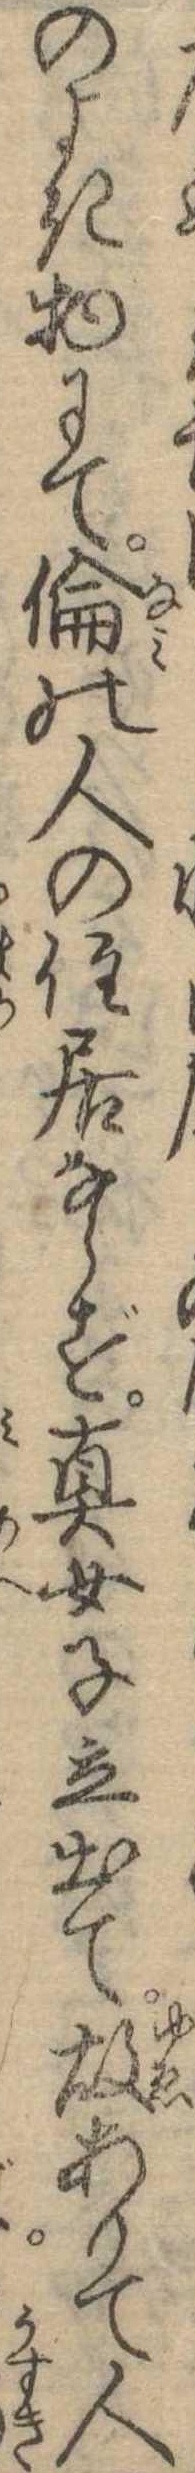
のよき物にて倫の人の住居ならず真女子立出て故ありて人